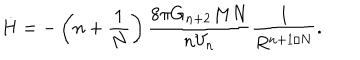
\dot { H } = - \left( n + \frac { 1 } { N } \right) \frac { 8 \pi G _ { n + 2 } M N } { n V _ { n } } \frac { 1 } { R ^ { n + 1 / N } } .